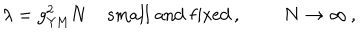
\lambda = g _ { \mathrm { Y M } } ^ { 2 } N \; \mathrm { s m a l l \; a n d \; f i x e d } \, , \; \; N \rightarrow \infty \, , \; \;